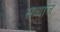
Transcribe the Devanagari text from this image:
सव्याज